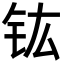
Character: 𮣳